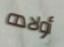
أولاده